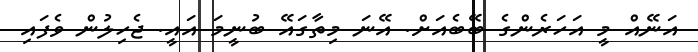
އަނޭއް މީ އަހަރެންގެ ބޭބެއަށް. އޭނަ މިތާގައޭ ބުނީމަ އައީ. ޖެހިލުން ވެފައި